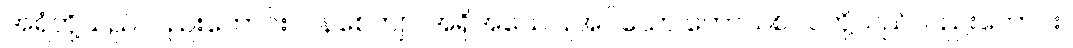
အရံတို့သည်လည်းကောင်း။ ဝနစေတျာ၊ အရိုအသေပြုအပ်သော တောသစ်ပင်တို့သည်လည်းကောင်း။